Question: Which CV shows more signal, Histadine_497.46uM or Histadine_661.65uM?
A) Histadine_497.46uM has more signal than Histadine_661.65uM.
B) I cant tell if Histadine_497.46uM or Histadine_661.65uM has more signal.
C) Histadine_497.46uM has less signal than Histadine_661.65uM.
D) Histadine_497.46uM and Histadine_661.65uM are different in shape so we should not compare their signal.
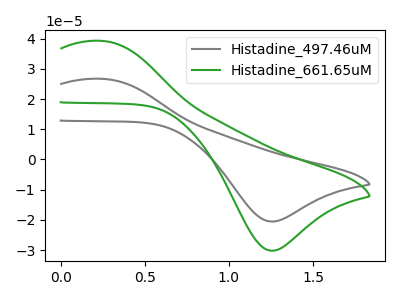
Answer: <think>The gray curve "Histadine_497.46uM" has an anodic peak at (0.25V, 26.70uA) and a cathodic peak at (1.25V, -20.55uA). The green curve "Histadine_661.65uM" has an anodic peak at (0.25V, 39.25uA) and a cathodic peak at (1.25V, -30.20uA).
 All the peaks in "Histadine_497.46uM" have a peak in "Histadine_661.65uM" at the same potential. Every peak in "Histadine_497.46uM" is lower than every peak in "Histadine_661.65uM".</think>
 <answer>C) "Histadine_497.46uM" has less signal than "Histadine_661.65uM".</answer>
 <eval>C</eval>